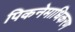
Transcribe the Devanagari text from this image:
पिकनेमाधिकरण